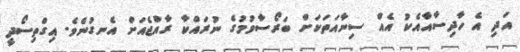
އަދި އެ ހާދިސާއާއެކު އެއް ސިނާއަތަކަށް ބަރޯސާވުމުގެ ނުރައްކާ ރާއްޖެއަށް އެނގުނެވެ. އިގްތިސޯދީ